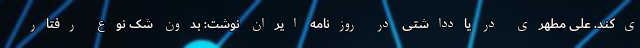
ی‌کند. علی مطهری در یادداشتی در روزنامه ایران نوشت: بدون شک نوع رفتار